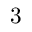
3